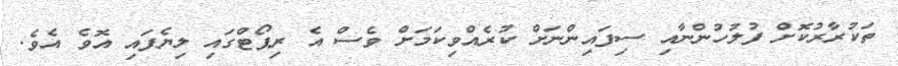
ތަކުރާރުކޮށް ފުލުހުންނާއި ސިފައިންނަށް ކުރެއްވިކަމަށް ވެސް އެ ރިޕޯޓްގައި ލިޔެފައި އޮވެ އެވެ.